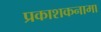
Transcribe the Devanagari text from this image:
प्रकाशकनामा